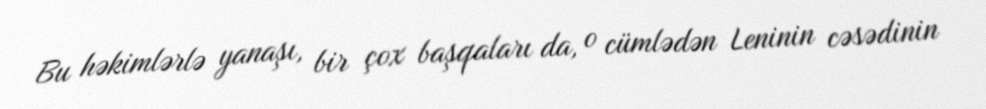
Bu həkimlərlə yanaşı, bir çox başqaları da, o cümlədən Leninin cəsədinin